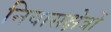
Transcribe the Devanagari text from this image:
निवासक्षेत्रों